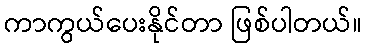
ကာကွယ်ပေးနိုင်တာ ဖြစ်ပါတယ်။